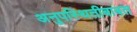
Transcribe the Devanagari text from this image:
अनुपस्थितीबाबत